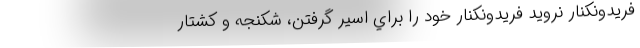
فريدونكنار نرويد فريدونكنار خود را براي اسير گرفتن، شكنجه و كشتار